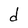
Character: d